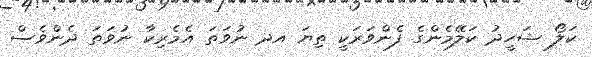
ކަލޯ ޝަހީދު ކަލޭމެންގެ ފެންވަރަކީ ތިޔަ އދ ނުވަތަ އެމެރިކާ ނުވަތަ ދެންވެސް